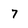
Character: 7